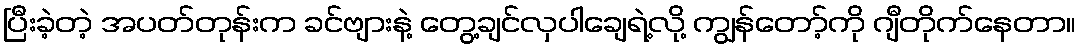
ပြီးခဲ့တဲ့ အပတ်တုန်းက ခင်ဗျားနဲ့ တွေ့ချင်လှပါချေရဲ့လို့ ကျွန်တော့်ကို ဂျီတိုက်နေတာ။